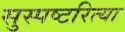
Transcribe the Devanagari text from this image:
सुस्पष्टरित्या